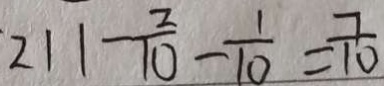
2 1 1 - \frac { 2 } { 1 0 } - \frac { 1 } { 1 0 } = \frac { 7 } { 1 0 }